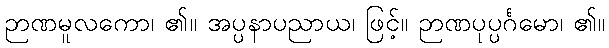
ဉာဏမူလကော၊ ၏။ အပ္ပနာပညာယ၊ ဖြင့်။ ဉာဏပုပ္ပင်္ဂမော၊ ၏။